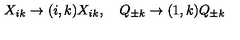
X _ { i k } \to ( i , k ) X _ { i k } , \quad Q _ { \pm k } \to ( 1 , k ) Q _ { \pm k }